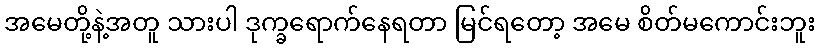
အမေတို့နဲ့အတူ သားပါ ဒုက္ခရောက်နေရတာ မြင်ရတော့ အမေ စိတ်မကောင်းဘူး